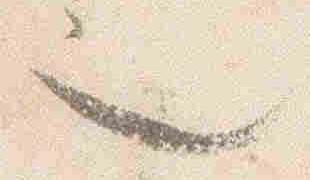
也